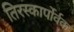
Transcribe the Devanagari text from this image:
तिरस्कार्पोर्वक